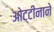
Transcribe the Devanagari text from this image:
ओट्टीनाने